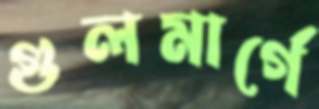
গুলমার্গে